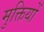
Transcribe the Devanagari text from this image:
मुक्तियों